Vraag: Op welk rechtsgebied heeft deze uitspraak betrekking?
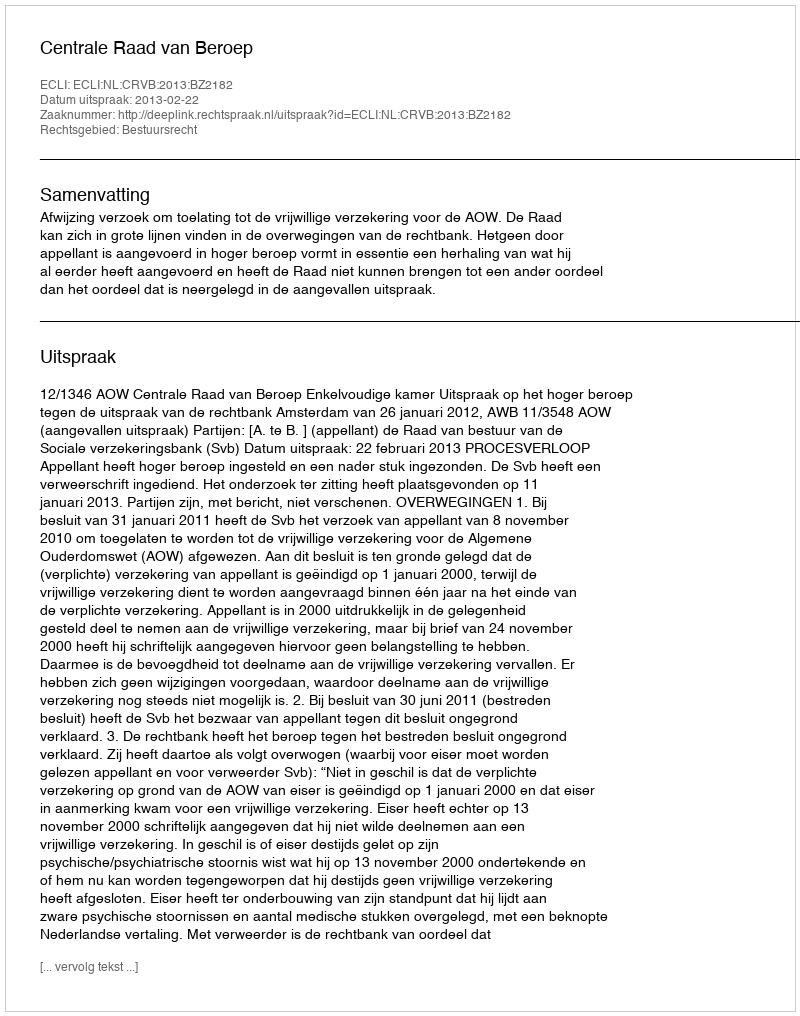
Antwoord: Bestuursrecht